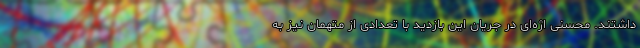
داشتند. محسنی اژه‌ای در جریان این بازدید با تعدادی از متهمان نیز به